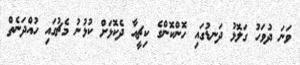
ވަނަ ދުވަހު ގަލޮޅު ދަނޑުގައި ހޮންކޮންގެ ކިޗީއާ ދެކޮޅަށް ކުޅުނު މެޗުގައި ހުއްދަނެތް